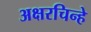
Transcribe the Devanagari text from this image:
अक्षरचिन्हे